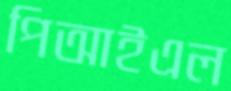
পিআইএল